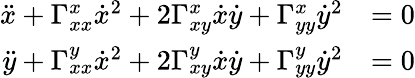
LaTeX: \begin{array}{rl}{\ddot{x}+\Gamma_{xx}^{x}\dot{x}^{2}+2\Gamma_{xy}^{x}\dot{x}\dot{y}+\Gamma_{yy}^{x}\dot{y}^{2}}&{=0}\\ {\ddot{y}+\Gamma_{xx}^{y}\dot{x}^{2}+2\Gamma_{xy}^{y}\dot{x}\dot{y}+\Gamma_{yy}^{y}\dot{y}^{2}}&{=0}\end{array}